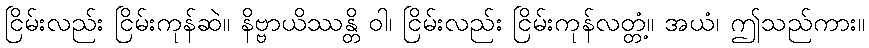
ငြိမ်းလည်း ငြိမ်းကုန်ဆဲ။ နိဗ္ဗာယိဿန္တိ ဝါ၊ ငြိမ်းလည်း ငြိမ်းကုန်လတ္တံ့။ အယံ၊ ဤသည်ကား။